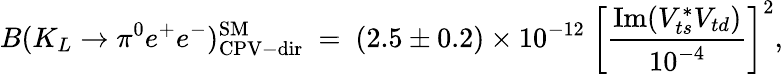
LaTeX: B(K_{L}\to\pi^{0}e^{+}e^{-})_{\mathrm{CPV-dir}}^{\mathrm{SM}}~=~(2.5\pm 0.2)\times 10^{-12}~\left[\frac{\mathrm{Im}(V_{ts}^{*}V_{td})}{10^{-4}}\right]^{2},